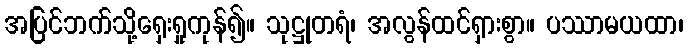
အပြင်ဘက်သို့ရှေးရှုကုန်၍။ သုဋ္ဌုတရံ၊ အလွန်ထင်ရှားစွာ။ ပဿာမယထာ၊